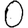
Digit: 0